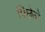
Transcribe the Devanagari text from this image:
पिछेले